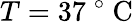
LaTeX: T=37\mathrm{~}^{\circ}\mathrm{~C~}